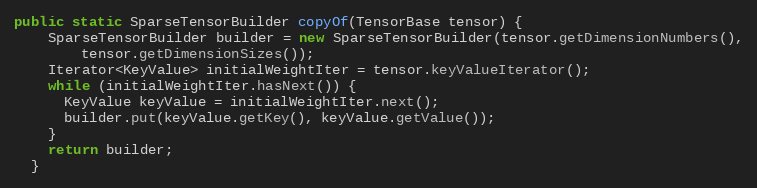
Language: Java
public static SparseTensorBuilder copyOf(TensorBase tensor) {
    SparseTensorBuilder builder = new SparseTensorBuilder(tensor.getDimensionNumbers(),
        tensor.getDimensionSizes());
    Iterator<KeyValue> initialWeightIter = tensor.keyValueIterator();
    while (initialWeightIter.hasNext()) {
      KeyValue keyValue = initialWeightIter.next();
      builder.put(keyValue.getKey(), keyValue.getValue());
    }
    return builder;
  }